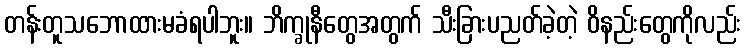
တန်းတူသဘောထားမခံရပါဘူး။ ဘိက္ခုနီတွေအတွက် သီးခြားပညတ်ခဲ့တဲ့ ဝိနည်းတွေကိုလည်း